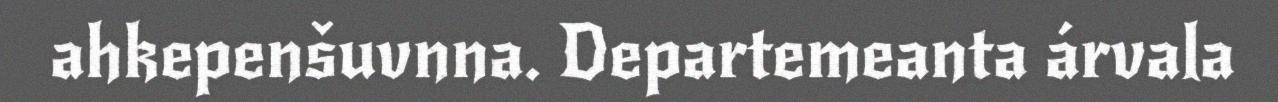
ahkepenšuvnna. Departemeanta árvala